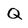
Character: Q